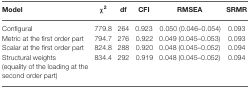
<table><thead><tr><td><b>Model</b></td><td><b><i>χ</i><sup>2</sup></b></td><td><b>Df</b></td><td><b>CFI</b></td><td><b>RMSEA</b></td><td><b>SRMR</b></td></tr></thead><tbody><tr><td>Configural</td><td>779.8</td><td>264</td><td>0.923</td><td>0.050 (0.046–0.054)</td><td>0.093</td></tr><tr><td>Metric at the first order part</td><td>794.7</td><td>276</td><td>0.922</td><td>0.049 (0.045–0.053)</td><td>0.093</td></tr><tr><td>Scalar at the first order part</td><td>824.8</td><td>288</td><td>0.920</td><td>0.048 (0.045–0.052)</td><td>0.094</td></tr><tr><td>Structural weights (equality of the loading at the second order part)</td><td>834.4</td><td>292</td><td>0.919</td><td>0.048 (0.045–0.052)</td><td>0.094</td></tr></tbody></table>